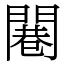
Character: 闀